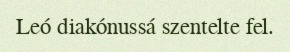
Leó diakónussá szentelte fel.